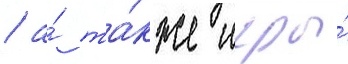
/ а́ та́кже игры́